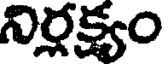
నిర్లక్ష్యం